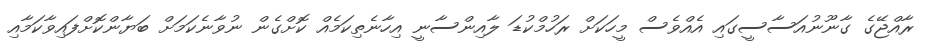
ރާއްޖޭގެ ގާނޫނުއަސާސީގައި އެއްވެސް މީހަކަށް ރަހުމްކުޑަ ލާއިންސާނީ އިހާނެތިކަމެއް ކޮށްގެން ނުވާނެކަމަށް ބަޔާންކޮށްފައިވާކަމާއި